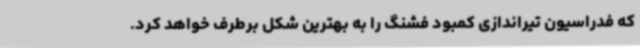
که فدراسیون تیراندازی کمبود فشنگ را به بهترین شکل برطرف خواهد کرد.